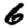
Digit: 6